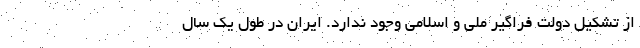
از تشکیل دولت فراگیر ملی و اسلامی وجود ندارد. ایران در طول یک سال